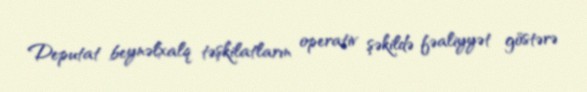
Deputat beynəlxalq təşkilatların operativ şəkildə fəaliyyət göstərə